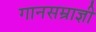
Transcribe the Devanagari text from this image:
गानसम्राज्ञी